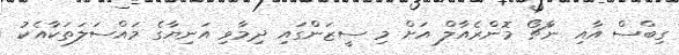
ގިބްސް އާއި ނާޗޯ މޮންރެއާލް އަށް މި ސީޒަންގައި ދިމާވި އަނިޔާގެ މައްސަލަތަކާއެކު